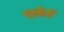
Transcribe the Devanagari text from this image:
एल्डैर्ड